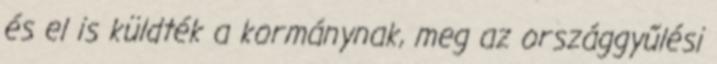
és el is küldték a kor­mánynak, meg az országgyűlési